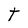
Character: t